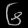
Digit: ၆